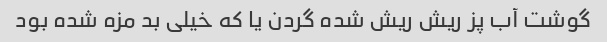
گوشت آب پز ریش ریش شده گردن یا که خیلی بد مزه شده بود